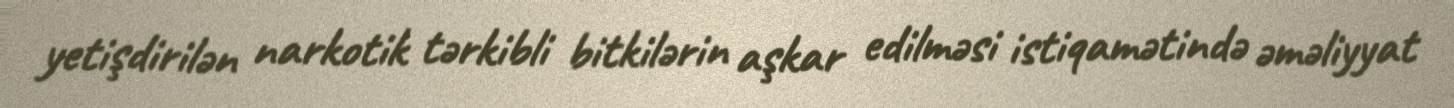
yetişdirilən narkotik tərkibli bitkilərin aşkar edilməsi istiqamətində əməliyyat